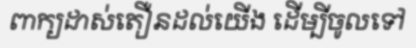
ពាក្យដាស់តឿនដល់យើង ដើម្បីចូលទៅ